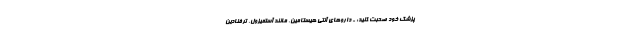
پزشک خود صحبت کنید: - داروهای آنتی هیستامین، مانند آستمیزول، ترفنادین